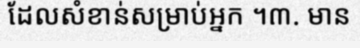
ដែលសំខាន់សម្រាប់អ្នក ។៣. មាន